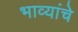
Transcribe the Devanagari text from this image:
भाव्यांचे